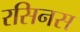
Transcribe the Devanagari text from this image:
रसिनस